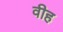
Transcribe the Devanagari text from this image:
वीह